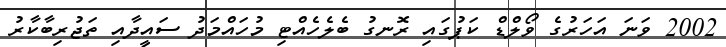
2002 ވަނަ އަހަރުގެ ވޯލްޑް ކަޕުގައި ރޮނގު ބެލެހެއްޓި މުހައްމަދު ސައީދާއި ތަޖުރިބާކާރު